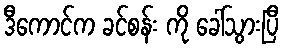
ဒီကောင်က ခင်စန်း ကို ခေါ်သွားပြီ